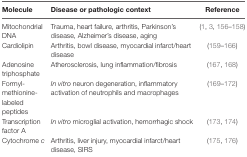
| Molecule | Disease or pathologic context | Reference |
 | --- | --- | --- |
 | Mitochondrial DNA | Trauma, heart failure, arthritis, Parkinson’s disease, Alzheimer’s disease, aging | (1, 3, 156–158) |
 | Cardiolipin | Arthritis, bowl disease, myocardial infarct/heart disease | (159–166) |
 | Adenosine triphosphate | Atherosclerosis, lung inflammation/fibrosis | (167, 168) |
 | Formyl-methionine-labeled peptides | In vitro neuron degeneration, inflammatory activation of neutrophils and macrophages | (169–172) |
 | Transcription factor A | In vitro microglial activation, hemorrhagic shock | (173, 174) |
 | Cytochrome c | Arthritis, liver injury, myocardial infarct/heart disease, SIRS | (175, 176) |